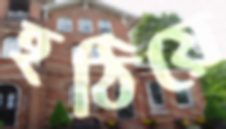
হঠিয়ে